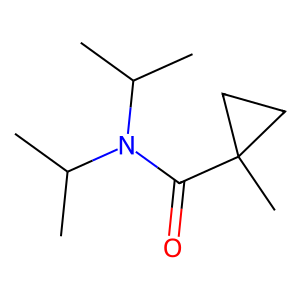
SMILES: CC(C)N(C(=O)C1(C)CC1)C(C)C
Inhibits HIV replication: No